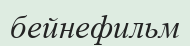
бейнефильм